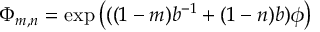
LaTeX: \Phi _ { m , n } = \exp \left( ( ( 1 - m ) b ^ { - 1 } + ( 1 - n ) b ) \phi \right)